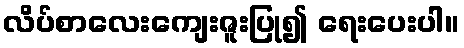
လိပ်စာလေးကျေးဇူးပြု၍ ရေးပေးပါ။